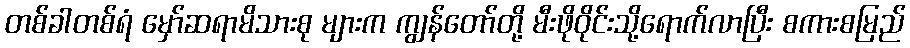
တစ်ခါတစ်ရံ မှော်ဆရာမိသားစု များက ကျွန်တော်တို့ မီးဖိုဝိုင်းသို့ရောက်လာပြီး စကားစမြည်